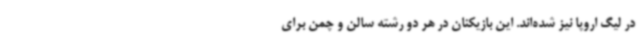
در لیگ اروپا نیز شده‌اند. این بازیکنان در هر دو رشته سالن و چمن برای